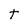
Character: T